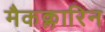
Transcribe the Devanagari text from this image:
मैकक्लारिन